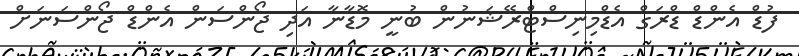
ފުޑް އެންޑް ޑްރަގް އެޑްމިނިސްޓްރޭޝަނުން ބުނީ މޮޑާނާ އަދި ޖޯންސަން އެންޑް ޖޯންސަނަށް